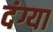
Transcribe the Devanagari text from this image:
दंग्या